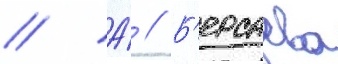
// А́ // Б'ерсаева